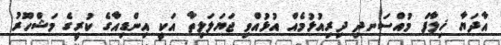
އާދަޔާ ޚިލާފް މުއްސަނދި ދިރިއުޅުމެއް އުޅުއްވި ޖަޔަލަލިތާ އަކީ އިންޑިއާގެ ކުރީގެ މަޝްހޫރު